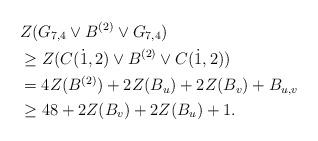
LaTeX: \begin{align*} &Z(G_{7,4}\vee B^{(2)} \vee G_{7,4})\\ &\geq Z(C(\dot1,2) \vee B^{(2)}\vee C(\dot1,2))\\ &= 4Z(B^{(2)})+2Z(B_u)+2Z(B_v)+B_{u,v}\\ &\geq 48+2Z(B_v)+2Z(B_u)+1. \end{align*}